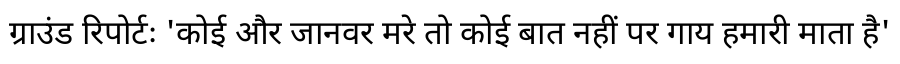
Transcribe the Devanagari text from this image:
ग्राउंड रिपोर्टः 'कोई और जानवर मरे तो कोई बात नहीं पर गाय हमारी माता है'